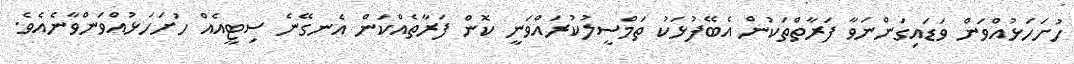
ހުށަހަޅުއްވަން ވަޑައިގަންނަވާ ފަރާތްތަކުން އެބޭފުޅަކު ތަމްސީލުކުރައްވަނީ ކޮން ފަރާތެއްކަން އެނގޭނެ ސިޓީއެއް ހުށަހަޅުއްވަންވާނެއެވެ.